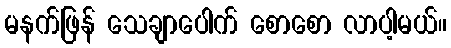
မနက်ဖြန် သေချာပေါက် စောစော လာပါ့မယ်။